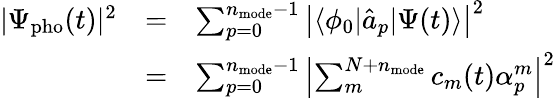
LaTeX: \begin{array}{ccl}{|\Psi_{\mathrm{pho}}(t)|^{2}}&{=}&{\sum_{p=0}^{n_{\mathrm{mode}}-1}\left|\langle\phi_{0}|\hat{a}_{p}|\Psi(t)\rangle\right|^{2}}\\ &{=}&{\sum_{p=0}^{n_{\mathrm{mode}}-1}\left|\sum_{m}^{N+n_{\mathrm{mode}}}c_{m}(t)\alpha_{p}^{m}\right|^{2}}\end{array}